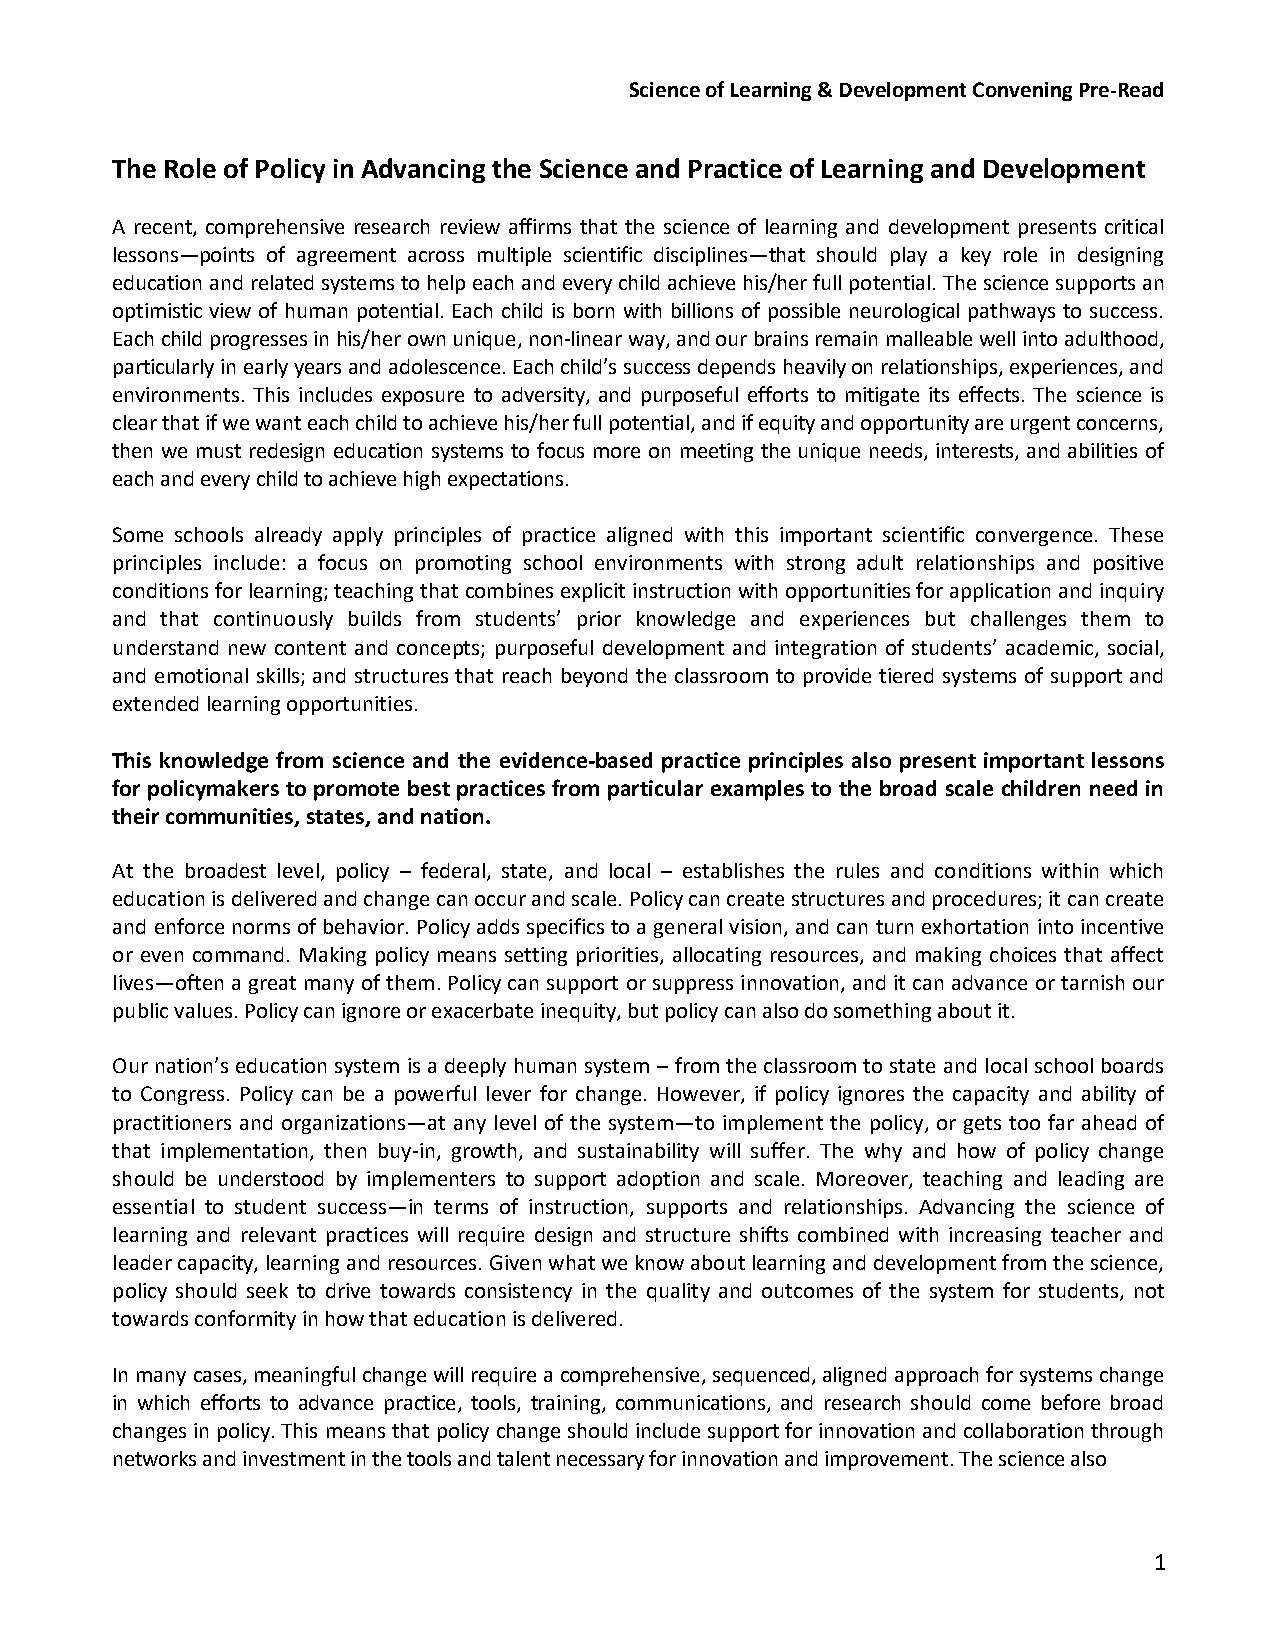
Science of Learning & Development Convening Pre-Read
 The Role of Policy in Advancing the Science and Practice of Learning and Development
 A recent, comprehensive research review affirms that the science of learning and development presents critical
 lessons—points of agreement across multiple scientific disciplines—that should play a key role in designing
 education and related systems to help each and every child achieve his/her full potential. The science supports an
 optimistic view of human potential. Each child is born with billions of possible neurological pathways to success.
 Each child progresses in his/her own unique, non-linear way, and our brains remain malleable well into adulthood,
 particularly in early years and adolescence. Each child’s success depends heavily on relationships, experiences, and
 environments. This includes exposure to adversity, and purposeful efforts to mitigate its effects. The science is
 clear that if we want each child to achieve his/her full potential, and if equity and opportunity are urgent concerns,
 then we must redesign education systems to focus more on meeting the unique needs, interests, and abilities of
 each and every child to achieve high expectations.
 Some schools already apply principles of practice aligned with this important scientific convergence. These
 principles include: a focus on promoting school environments with strong adult relationships and positive
 conditions for learning; teaching that combines explicit instruction with opportunities for application and inquiry
 and that continuously builds from students’ prior knowledge and experiences but challenges them to
 understand new content and concepts; purposeful development and integration of students’ academic, social,
 and emotional skills; and structures that reach beyond the classroom to provide tiered systems of support and
 extended learning opportunities.
 This knowledge from science and the evidence-based practice principles also present important lessons
 for policymakers to promote best practices from particular examples to the broad scale children need in
 their communities, states, and nation.
 At the broadest level, policy – federal, state, and local – establishes the rules and conditions within which
 education is delivered and change can occur and scale. Policy can create structures and procedures; it can create
 and enforce norms of behavior. Policy adds specifics to a general vision, and can turn exhortation into incentive
 or even command. Making policy means setting priorities, allocating resources, and making choices that affect
 lives—often a great many of them. Policy can support or suppress innovation, and it can advance or tarnish our
 public values. Policy can ignore or exacerbate inequity, but policy can also do something about it.
 Our nation’s education system is a deeply human system – from the classroom to state and local school boards
 to Congress. Policy can be a powerful lever for change. However, if policy ignores the capacity and ability of
 practitioners and organizations—at any level of the system—to implement the policy, or gets too far ahead of
 that implementation, then buy-in, growth, and sustainability will suffer. The why and how of policy change
 should be understood by implementers to support adoption and scale. Moreover, teaching and leading are
 essential to student success—in terms of instruction, supports and relationships. Advancing the science of
 learning and relevant practices will require design and structure shifts combined with increasing teacher and
 leader capacity, learning and resources. Given what we know about learning and development from the science,
 policy should seek to drive towards consistency in the quality and outcomes of the system for students, not
 towards conformity in how that education is delivered.
 In many cases, meaningful change will require a comprehensive, sequenced, aligned approach for systems change
 in which efforts to advance practice, tools, training, communications, and research should come before broad
 changes in policy. This means that policy change should include support for innovation and collaboration through
 networks and investment in the tools and talent necessary for innovation and improvement. The science also
 1